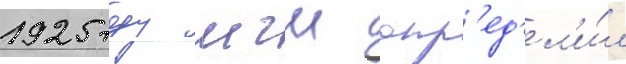
1925 году мгш опр'ед'ел'и́л